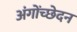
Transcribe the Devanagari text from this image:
अंगोंच्छेदन